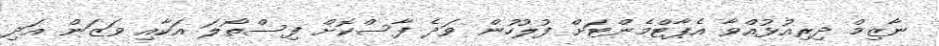
ނާޒިމް ދިރިއުޅުއްވާ އެޕާޓްމެންޓަށް ފުލުހުން ވަދެ ފާސްކޮށް ފިސްތޯލަ އަކާއި ވަޒަން އަދި